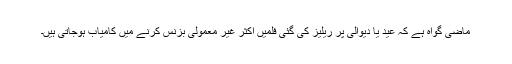
ماضی گواہ ہے کہ عید یا دیوالی پر ریلیز کی گئی فلمیں اکثر غیر معمولی بزنس کرنے میں کامیاب ہوجاتی ہیں۔